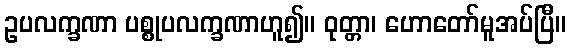
ဥပလက္ခဏာ ပစ္စုပလက္ခဏာဟူ၍။ ဝုတ္တာ၊ ဟောတော်မူအပ်ပြီ။